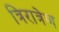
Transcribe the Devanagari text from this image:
त्रिरात्रेण